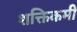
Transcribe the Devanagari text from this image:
शक्तिकमी